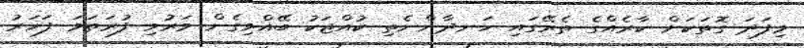
މިފަދަ ގޮތަކަށް ކާރެއްގެ ތެރޭގައި ހަނދާންނެތި ކުއްޖަކު ބޭއްވިގެން މަރުވި ފުރަތަމަ ފަހަރު